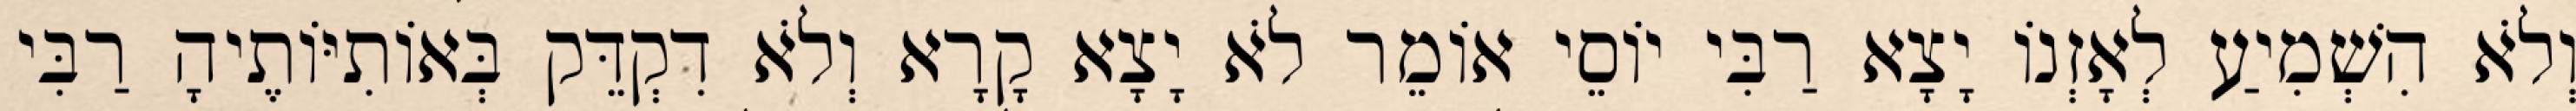
וְלֹא הִשְׁמִיעַ לְאָזְנוֹ יָצָא רַבִּי יוֹסֵי אוֹמֵר לֹא יָצָא קָרָא וְלֹא דִקְדֵּק בְּאוֹתִיּוֹתֶיהָ רַבִּי